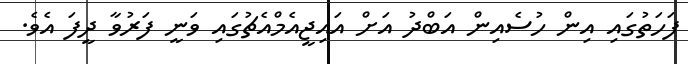
ފަހަތުގައި އިން ހުސެއިން އަބްދު އަށް އައިޖީއެމްއެޗުގައި ވަނީ ފަރުވާ ދީފަ އެވެ.